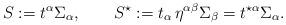
LaTeX: \begin{align*}S:= t^{\alpha}\Sigma_{\alpha}, \qquad S^{\star}:= t_{\alpha}\,\eta^{\alpha\beta}\Sigma_{\beta}= t^{\star\alpha}\Sigma_{\alpha}.\end{align*}